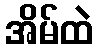
အိမ်ထဲ